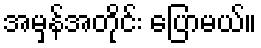
အမှန်အတိုင်း ပြောမယ်။